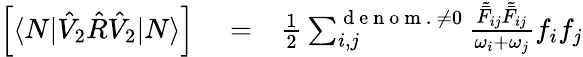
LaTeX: \begin{array}{rlr}{\left[\langle N|\hat{V}_{2}\hat{R}\hat{V}_{2}|N\rangle\right]}&{{}=}&{\frac{1}{2}\sum_{i,j}^{{\mathrm{~d~e~n~o~m~.~}\neq 0}}\frac{\tilde{\bar{F}}_{ij}\tilde{\bar{F}}_{ij}}{\omega_{i}+\omega_{j}}f_{i}f_{j}}\end{array}